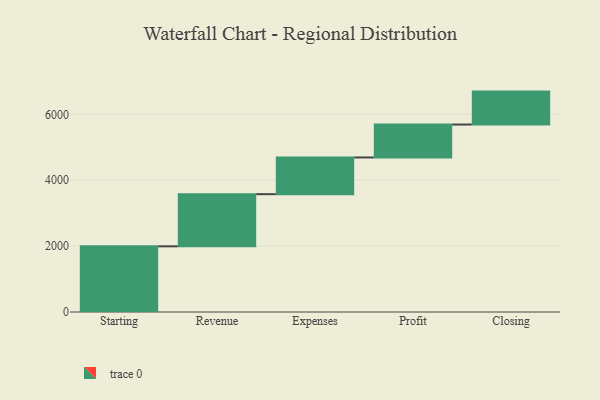
{"axis": {"x": "Step", "y": "Value"}, "legend": [""], "data": [{"x": "Starting", "y": 1994.0, "type": ""}, {"x": "Revenue", "y": 1584.0, "type": ""}, {"x": "Expenses", "y": 1114.0, "type": ""}, {"x": "Profit", "y": 1000, "type": ""}, {"x": "Closing", "y": 1000, "type": ""}]}